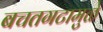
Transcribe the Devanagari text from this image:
बचतगटामुळे